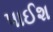
પાઈશ